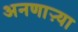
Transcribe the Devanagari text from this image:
अनणाऱ्या